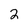
Character: 2